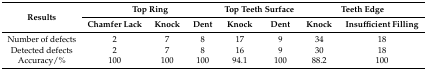
<table><thead><tr><td rowspan="2"><b>Results</b></td><td colspan="3"><b>Top Ring</b></td><td colspan="2"><b>Top Teeth Surface</b></td><td colspan="2"><b>Teeth Edge</b></td></tr><tr><td><b>Chamfer Lack</b></td><td><b>Knock</b></td><td><b>Dent</b></td><td><b>Knock</b></td><td><b>Dent</b></td><td><b>Knock</b></td><td><b>Insufficient Filling</b></td></tr></thead><tbody><tr><td>Number of defects</td><td>2</td><td>7</td><td>8</td><td>17</td><td>9</td><td>34</td><td>18</td></tr><tr><td>Detected defects</td><td>2</td><td>7</td><td>8</td><td>16</td><td>9</td><td>30</td><td>18</td></tr><tr><td>Accuracy/%</td><td>100</td><td>100</td><td>100</td><td>94.1</td><td>100</td><td>88.2</td><td>100</td></tr></tbody></table>